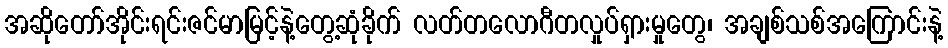
အဆိုတော်အိုင်းရင်းဇင်မာမြင့်နဲ့တွေ့ဆုံခိုက် လတ်တလောဂီတလှုပ်ရှားမှုတွေ၊ အချစ်သစ်အကြောင်းနဲ့